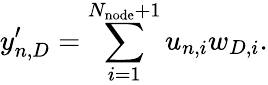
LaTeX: y_{n,D}^{\prime}=\sum_{i=1}^{N_{\mathrm{node}}+1}u_{n,i}w_{D,i}.